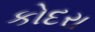
કોદરા